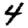
Digit: 4